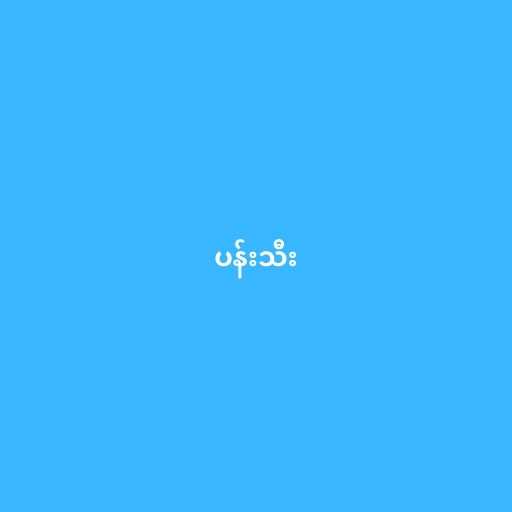
ပန်းသီး